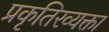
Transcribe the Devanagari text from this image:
प्रकृतिरव्यक्ता